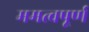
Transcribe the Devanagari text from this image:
ममत्वपूर्ण